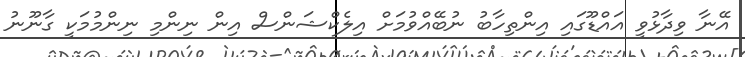
އޭނާ ވިދާޅުވީ އައްޑޫގައި އިންތިހާބު ނުބޭއްވުމަށް އިލެކްޝަންސް އިން ނިންމި ނިންމުމަކީ ގާނޫނު